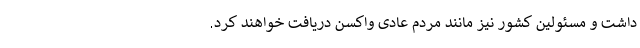
داشت و مسئولین کشور نیز مانند مردم عادی واکسن دریافت خواهند کرد.